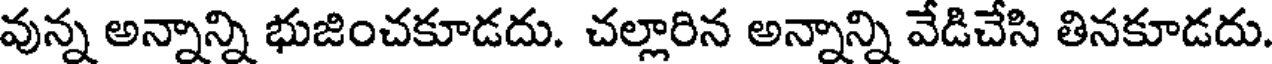
వున్న అన్నాన్ని భుజించకూడదు. చల్లారిన అన్నాన్ని వేడిచేసి తినకూడదు.